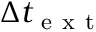
\Delta t _ { \mathrm { ~ e ~ x ~ t ~ } }